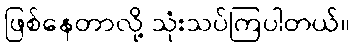
ဖြစ်နေတာလို့ သုံးသပ်ကြပါတယ်။